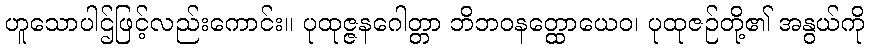
ဟူသောပါဌ်ဖြင့်လည်းကောင်း။ ပုထုဇ္ဇနဂေါတ္တာ ဘိဘဝနတ္ထောယေဝ၊ ပုထုဇဉ်တို့၏ အနွယ်ကို